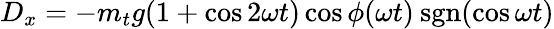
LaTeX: D_{x}=-m_{t}g(1+\cos 2\omega t)\cos\phi(\omega t)\: \mathrm{sgn}(\cos\omega t)